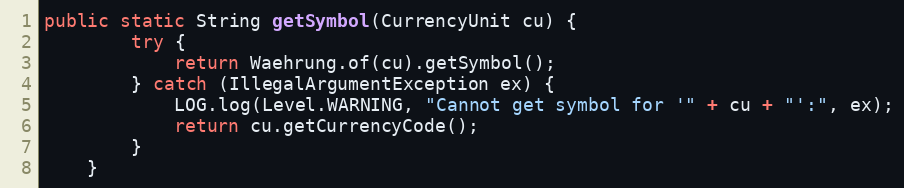
Language: Java
public static String getSymbol(CurrencyUnit cu) {
        try {
            return Waehrung.of(cu).getSymbol();
        } catch (IllegalArgumentException ex) {
            LOG.log(Level.WARNING, "Cannot get symbol for '" + cu + "':", ex);
            return cu.getCurrencyCode();
        }
    }